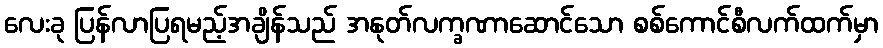
လေးခု ပြန်လာပြရမည့်အချိန်သည် အနုတ်လက္ခဏာဆောင်သော စစ်ကောင်စီလက်ထက်မှာ